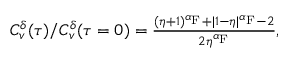
\begin{array} { r } { C _ { v } ^ { \delta } ( \tau ) / C _ { v } ^ { \delta } ( \tau = 0 ) = \frac { ( \eta + 1 ) ^ { \alpha _ { \mathrm { F } } } + | 1 - \eta | ^ { \alpha _ { \mathrm { F } } } - 2 } { 2 \eta ^ { \alpha _ { \mathrm { F } } } } , } \end{array}